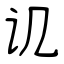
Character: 讥